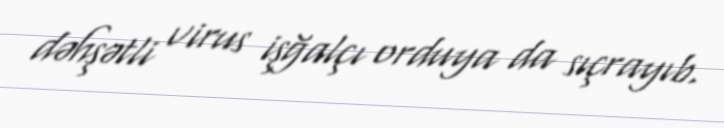
dəhşətli virus işğalçı orduya da sıçrayıb.